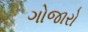
ગોજારો